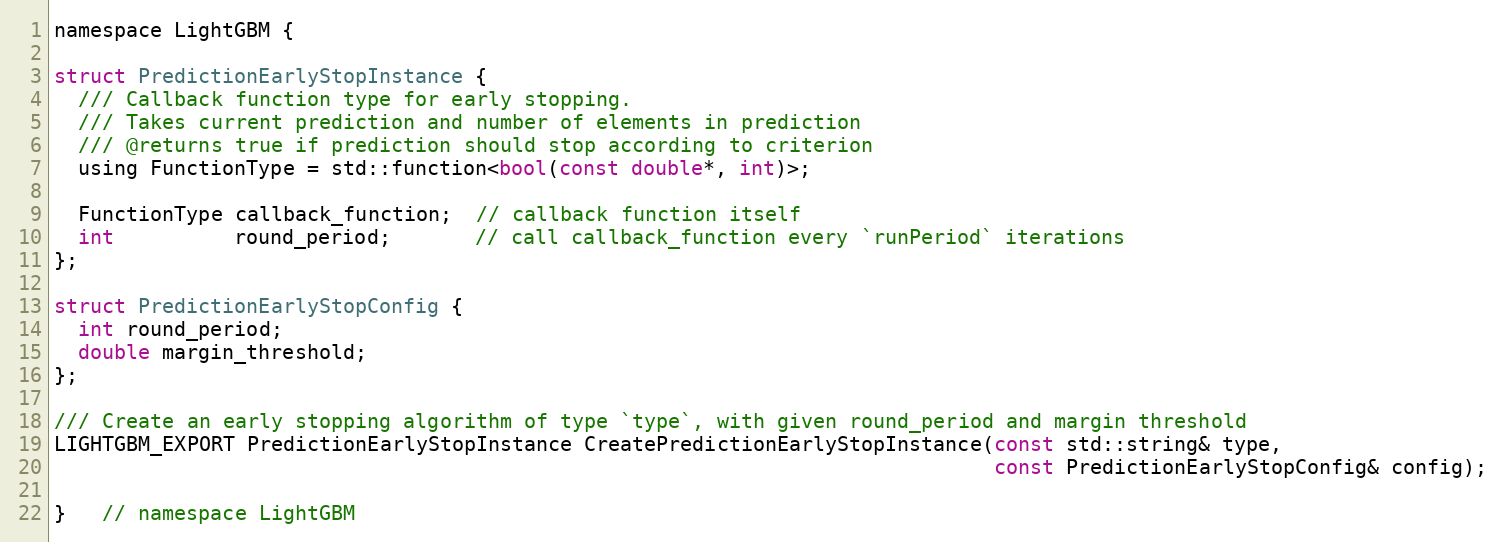
Language: C
namespace LightGBM {

struct PredictionEarlyStopInstance {
  /// Callback function type for early stopping.
  /// Takes current prediction and number of elements in prediction
  /// @returns true if prediction should stop according to criterion
  using FunctionType = std::function<bool(const double*, int)>;

  FunctionType callback_function;  // callback function itself
  int          round_period;       // call callback_function every `runPeriod` iterations
};

struct PredictionEarlyStopConfig {
  int round_period;
  double margin_threshold;
};

/// Create an early stopping algorithm of type `type`, with given round_period and margin threshold
LIGHTGBM_EXPORT PredictionEarlyStopInstance CreatePredictionEarlyStopInstance(const std::string& type,
                                                                              const PredictionEarlyStopConfig& config);

}   // namespace LightGBM